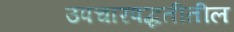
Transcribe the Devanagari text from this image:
उपचारपद्धतीतील